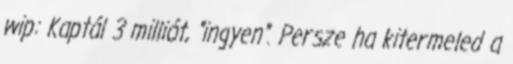
wip: Kaptál 3 milliót, "ingyen". Persze ha kitermeled a